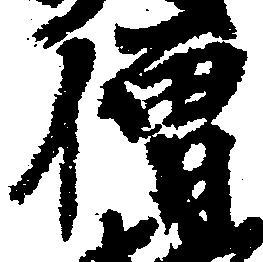
僧